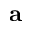
{ \bf a }